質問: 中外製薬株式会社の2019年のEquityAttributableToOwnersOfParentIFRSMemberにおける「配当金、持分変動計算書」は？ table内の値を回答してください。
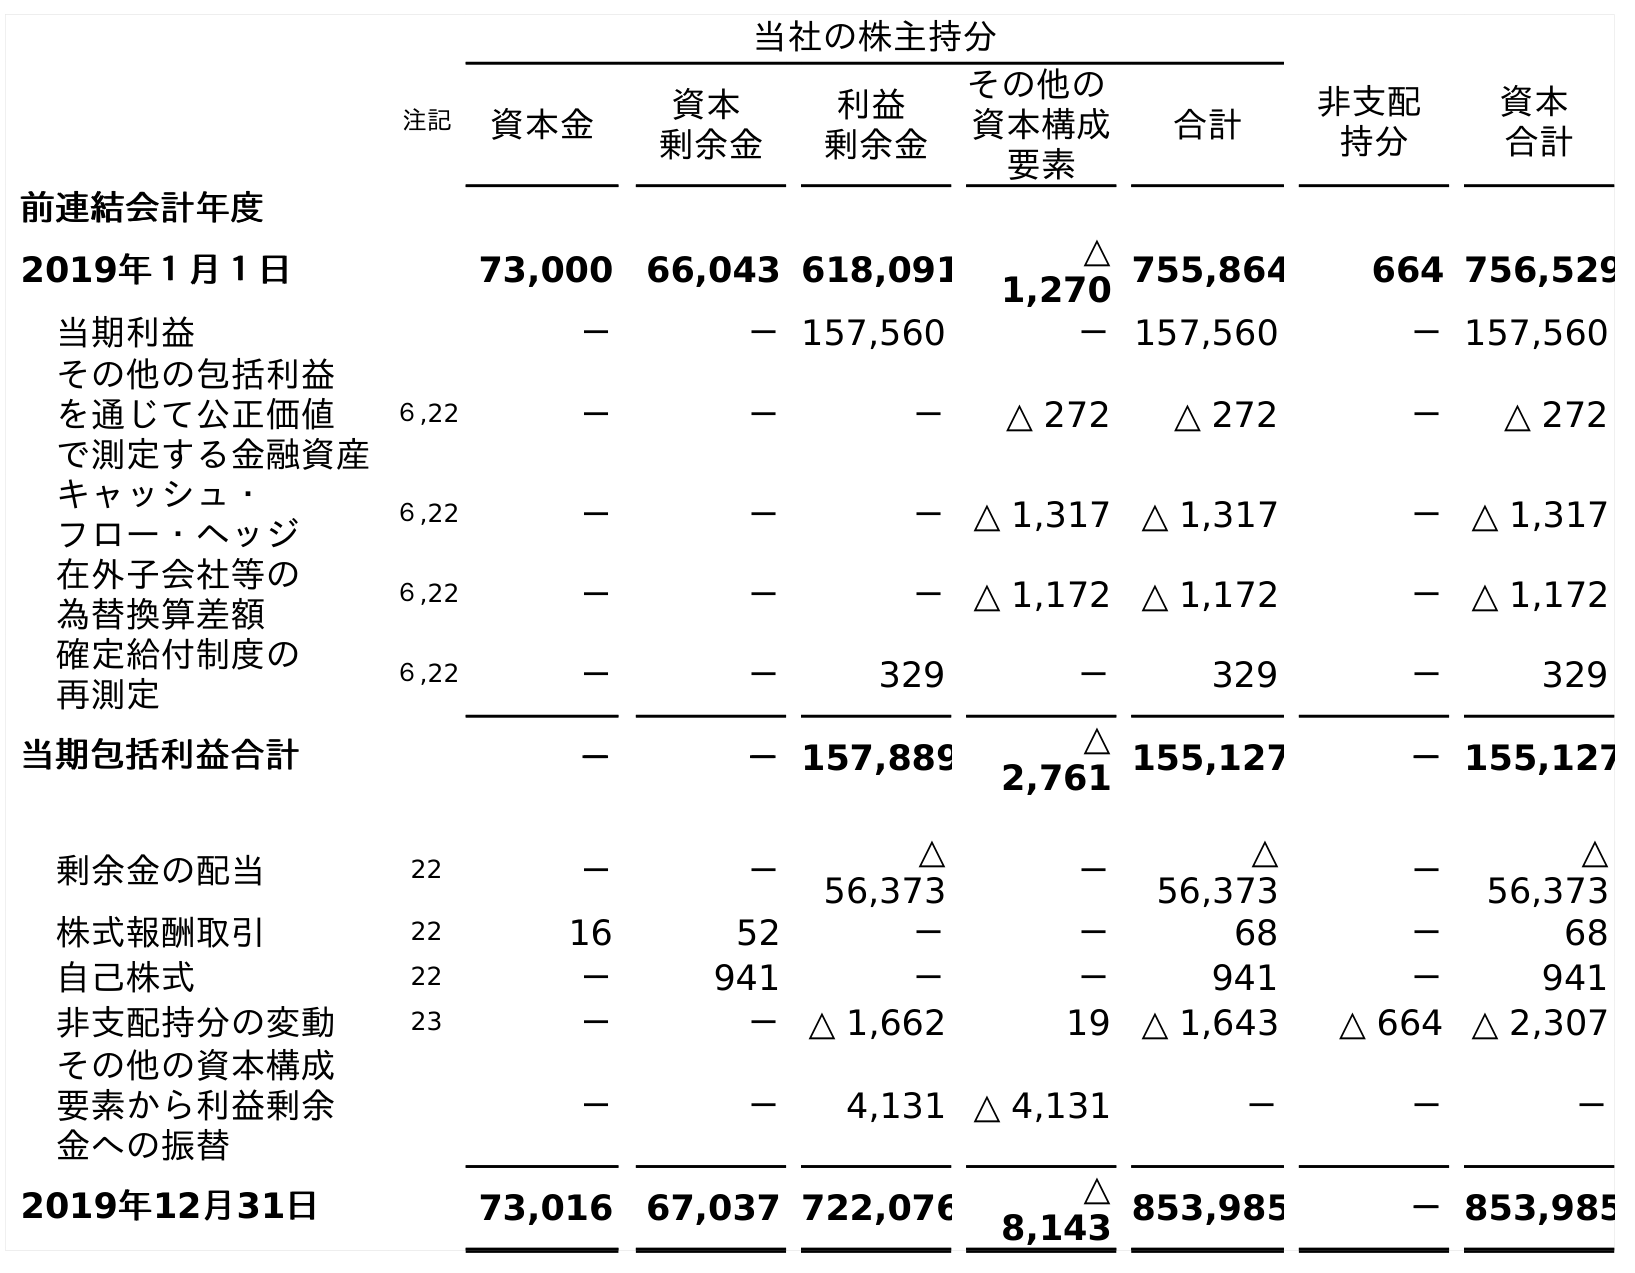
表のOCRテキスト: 当社の株主持分 注記 資本金 資本 剰余金 利益 剰余金 その他の 資本構成 要素 合計 非支配 持分 資本 合計 前連結会計年度 2019年１月１日 73,000 66,043 618,091 △ 1,270 755,864 664 756,529 当期利益 － －157,560 －157,560 －157,560 その他の包括利益 を通じて公正価値 で測定する金融資産 ６,22 － － － △ 272 △ 272 － △ 272 キャッシュ・ フロー・ヘッジ ６,22 － － －△ 1,317 △ 1,317 －△ 1,317 在外子会社等の 為替換算差額 ６,22 － － －△ 1,172 △ 1,172 －△ 1,172 確定給付制度の 再測定 ６,22 － － 329 － 329 － 329 当期包括利益合計 － －157,889 △ 2,761 155,127 －155,127 剰余金の配当 22 － － △ 56,373 － △ 56,373 － △ 56,373 株式報酬取引 22 16 52 － － 68 － 68 自己株式 22 － 941 － － 941 － 941 非支配持分の変動 23 － －△ 1,662 19 △ 1,643 △ 664 △ 2,307 その他の資本構成 要素から利益剰余 金への振替 － － 4,131 △ 4,131 － － － 2019年12月31日 73,016 67,037 722,076 △ 8,143 853,985 －853,985
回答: △56,373